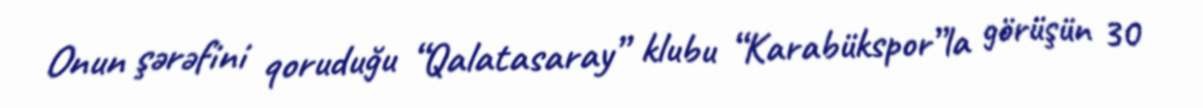
Onun şərəfini qoruduğu “Qalatasaray” klubu “Karabükspor”la görüşün 30